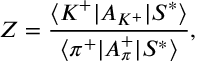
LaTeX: Z = { \frac { \langle { K ^ { + } | A _ { K ^ { + } } | S ^ { * } } \rangle } { \langle { \pi ^ { + } | A _ { \pi } ^ { + } | S ^ { * } } \rangle } } , \,